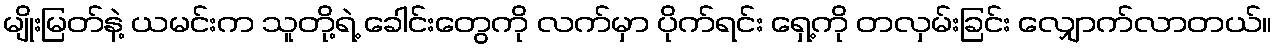
မျိုးမြတ်နဲ့ ယမင်းက သူတို့ရဲ့ ခေါင်းတွေကို လက်မှာ ပိုက်ရင်း ရှေ့ကို တလှမ်းခြင်း လျှောက်လာတယ်။